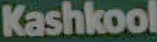
Kashkool